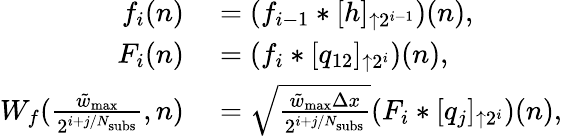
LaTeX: \begin{array}{rl}{f_{i}(n)}&{{}=(f_{i-1}*[h]_{\uparrow 2^{i-1}})(n),}\\ {F_{i}(n)}&{{}=(f_{i}*[q_{12}]_{\uparrow 2^{i}})(n),}\\ {W_{f}(\frac{\tilde{w}_{\mathrm{max}}}{2^{i+j/N_{\mathrm{subs}}}},n)}&{{}=\sqrt{\frac{\tilde{w}_{\mathrm{max}}\Delta x}{2^{i+j/N_{\mathrm{subs}}}}}(F_{i}*[q_{j}]_{\uparrow 2^{i}})(n),}\end{array}